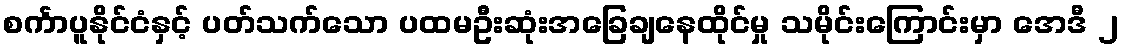
စင်္ကာပူနိုင်ငံနှင့် ပတ်သက်သော ပထမဦးဆုံးအခြေချနေထိုင်မှု သမိုင်းကြောင်းမှာ အေဒီ ၂